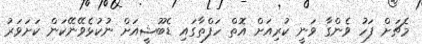
މެޗަށް ފަހު ވެންގާ ވަނީ ކުރިއަށް އޮތް ހަފްތާގައި ޑެބޫޝީއަށް ނުކުޅެވޭނޭކަން ކަށަވަރު